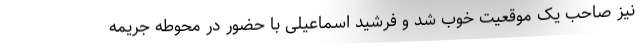
نیز صاحب یک موقعیت خوب شد و فرشید اسماعیلی با حضور در محوطه جریمه